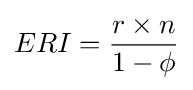
ERI={r\times n \over 1-\phi }